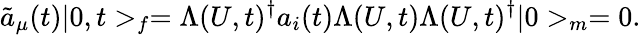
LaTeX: \tilde{a}_{\mu}(t)|0,t>_{f}=\Lambda(U,t)^{\dagger}a_{i}(t)\Lambda(U,t)\Lambda(U,t)^{\dagger}|0>_{m}=0.